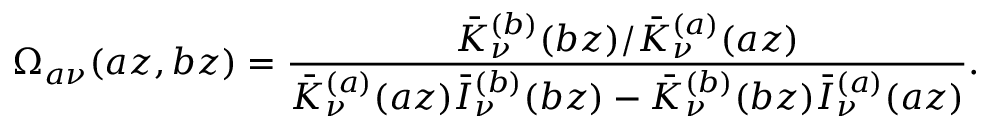
\Omega _ { a \nu } ( a z , b z ) = \frac { \bar { K } _ { \nu } ^ { ( b ) } ( b z ) / \bar { K } _ { \nu } ^ { ( a ) } ( a z ) } { \bar { K } _ { \nu } ^ { ( a ) } ( a z ) \bar { I } _ { \nu } ^ { ( b ) } ( b z ) - \bar { K } _ { \nu } ^ { ( b ) } ( b z ) \bar { I } _ { \nu } ^ { ( a ) } ( a z ) } .